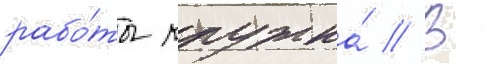
рабо́ты кружка́ // В